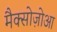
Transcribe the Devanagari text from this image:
मैक्सोज़ोआ